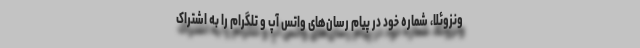
ونزوئلا، شماره خود در پیام رسان‌های واتس آپ و تلگرام را به اشتراک